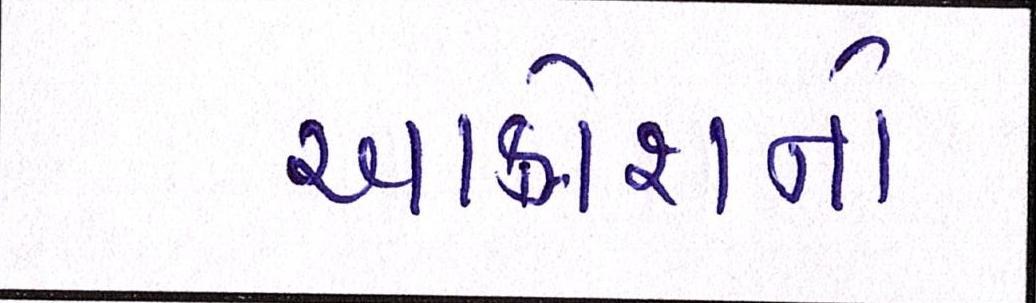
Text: આક્રોશનો